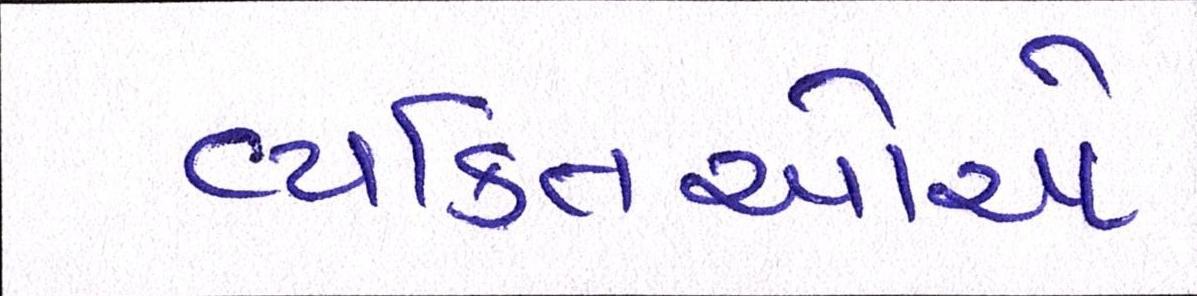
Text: વ્યક્તિઓએ